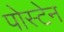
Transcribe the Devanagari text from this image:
पोस्टेन